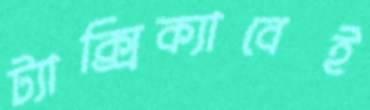
ট্যাক্সিক্যাবেই